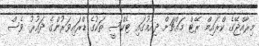
މިރާއްޖޭގެ ކްރައިމް ރޭޓް މައްޗަށް ދިއުމުގައި ޓެކްސީ ތަކުގެ ޑްރައިވަރުންގެ ދައުރު ވެސް